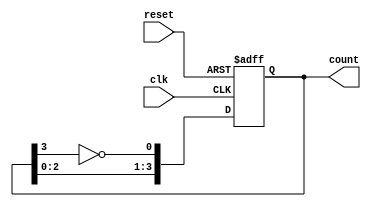
module JohnsonCounter #(parameter N = 4) (
    input wire clk,
    input wire reset,
    output reg [N-1:0] count
);

// Internal signal for the inverted last flip-flop output
wire feedback;

assign feedback = ~count[N-1];

always @(posedge clk or posedge reset) begin
    if (reset) begin
        count <= {N{1'b0}}; // Asynchronous reset to 0
    end else begin
        // Shift the bits and feed back the inverted last bit
        count <= {count[N-2:0], feedback};
    end
end

endmodule